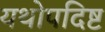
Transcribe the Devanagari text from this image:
यथोपदिष्ट